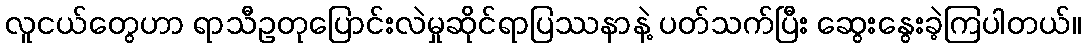
လူငယ်တွေဟာ ရာသီဥတုပြောင်းလဲမှုဆိုင်ရာပြဿနာနဲ့ ပတ်သက်ပြီး ဆွေးနွေးခဲ့ကြပါတယ်။